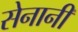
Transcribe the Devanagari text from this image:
सेनानीं